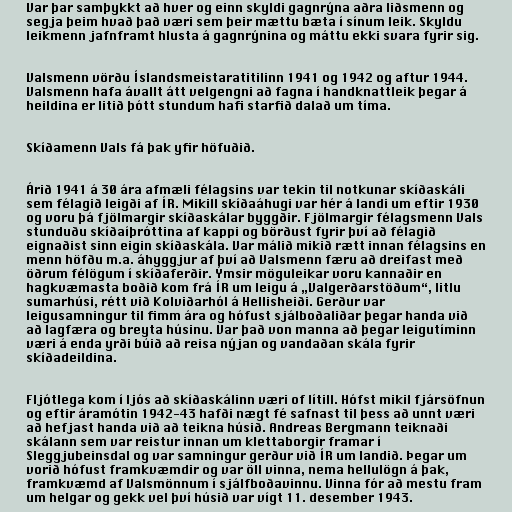
Var þar samþykkt að hver og einn skyldi gagnrýna aðra liðsmenn og
segja þeim hvað það væri sem þeir mættu bæta í sínum leik. Skyldu
leikmenn jafnframt hlusta á gagnrýnina og máttu ekki svara fyrir sig.

Valsmenn vörðu Íslandsmeistaratitilinn 1941 og 1942 og aftur 1944.
Valsmenn hafa ávallt átt velgengni að fagna í handknattleik þegar á
heildina er litið þótt stundum hafi starfið dalað um tíma.

Skíðamenn Vals fá þak yfir höfuðið.

Árið 1941 á 30 ára afmæli félagsins var tekin til notkunar skíðaskáli
sem félagið leigði af ÍR. Mikill skíðaáhugi var hér á landi um eftir 1930
og voru þá fjölmargir skíðaskálar byggðir. Fjölmargir félagsmenn Vals
stunduðu skíðaíþróttina af kappi og börðust fyrir því að félagið
eignaðist sinn eigin skíðaskála. Var málið mikið rætt innan félagsins en
menn höfðu m.a. áhyggjur af því að Valsmenn færu að dreifast með
öðrum félögum í skíðaferðir. Ýmsir möguleikar voru kannaðir en
hagkvæmasta boðið kom frá ÍR um leigu á „Valgerðarstöðum“, litlu
sumarhúsi, rétt við Kolviðarhól á Hellisheiði. Gerður var
leigusamningur til fimm ára og hófust sjálboðaliðar þegar handa við
að lagfæra og breyta húsinu. Var það von manna að þegar leigutíminn
væri á enda yrði búið að reisa nýjan og vandaðan skála fyrir
skíðadeildina.

Fljótlega kom í ljós að skíðaskálinn væri of lítill. Hófst mikil fjársöfnun
og eftir áramótin 1942-43 hafði nægt fé safnast til þess að unnt væri
að hefjast handa við að teikna húsið. Andreas Bergmann teiknaði
skálann sem var reistur innan um klettaborgir framar í
Sleggjubeinsdal og var samningur gerður við ÍR um landið. Þegar um
vorið hófust framkvæmdir og var öll vinna, nema hellulögn á þak,
framkvæmd af Valsmönnum í sjálfboðavinnu. Vinna fór að mestu fram
um helgar og gekk vel því húsið var vígt 11. desember 1943.